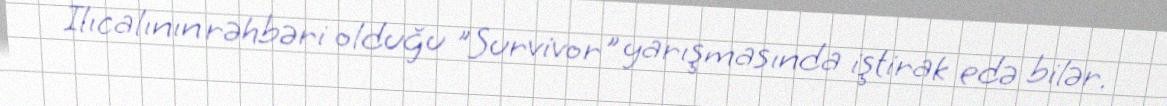
Ilıcalının rəhbəri olduğu "Survivor" yarışmasında iştirak edə bilər.